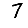
Digit: 7